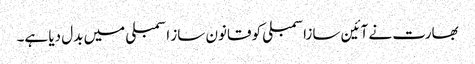
بھارت نے آئین سازاسمبلی کو قانون ساز اسمبلی میں بدل دیا ہے۔